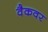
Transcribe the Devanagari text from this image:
वैकवर